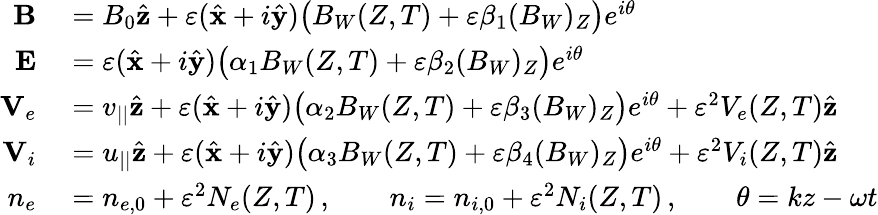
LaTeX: \begin{array}{rl}{{\mathbf B}}&{{}=B_{0}\hat{\mathbf z}+\varepsilon(\hat{\mathbf x}+i\hat{\mathbf y})\big(B_{W}(Z,T)+\varepsilon\beta_{1}(B_{W})_{Z}\big)e^{i\theta}}\\ {{\mathbf E}}&{{}=\varepsilon(\hat{\mathbf x}+i\hat{\mathbf y})\big(\alpha_{1}B_{W}(Z,T)+\varepsilon\beta_{2}(B_{W})_{Z}\big)e^{i\theta}}\\ {{\mathbf V}_{e}}&{{}=v_{||}\hat{\mathbf z}+\varepsilon(\hat{\mathbf x}+i\hat{\mathbf y})\big(\alpha_{2}B_{W}(Z,T)+\varepsilon\beta_{3}(B_{W})_{Z}\big)e^{i\theta}+\varepsilon^{2}V_{e}(Z,T)\hat{\mathbf z}}\\ {{\mathbf V}_{i}}&{{}=u_{||}\hat{\mathbf z}+\varepsilon(\hat{\mathbf x}+i\hat{\mathbf y})\big(\alpha_{3}B_{W}(Z,T)+\varepsilon\beta_{4}(B_{W})_{Z}\big)e^{i\theta}+\varepsilon^{2}V_{i}(Z,T)\hat{\mathbf z}}\\ {n_{e}}&{{}=n_{e,0}+\varepsilon^{2}N_{e}(Z,T)\, ,\qquad n_{i}=n_{i,0}+\varepsilon^{2}N_{i}(Z,T)\, ,\qquad\theta=kz-\omega t}\end{array}